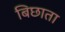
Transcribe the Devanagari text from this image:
बिछाता